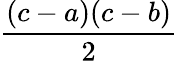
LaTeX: \frac{(c-a)(c-b)}{2}